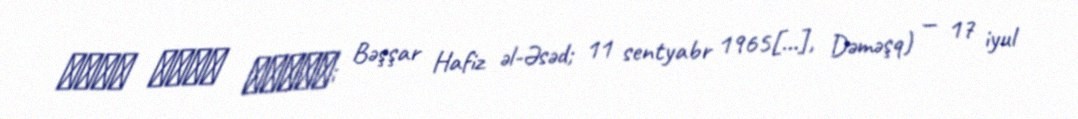
بشار حافظ الأسد; Bəşşar Hafiz əl-Əsəd; 11 sentyabr 1965[…], Dəməşq) — 17 iyul